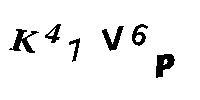
K47V6P